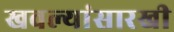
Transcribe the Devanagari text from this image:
खवल्यांसारखी